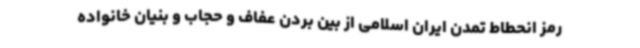
رمز انحطاط تمدن ایران اسلامی از بین بردن عفاف و حجاب و بنیان خانواده